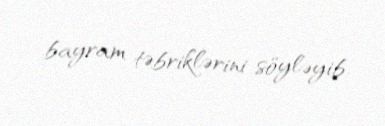
bayram təbriklərini söyləyib.